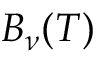
B _ { \nu } ( T )